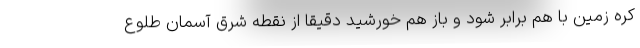
کره زمین با هم برابر شود و باز هم خورشید دقیقا از نقطه شرق آسمان طلوع